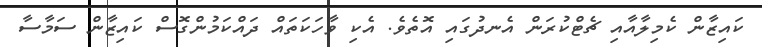
ކައިޒާން ކެމިލާއާއި ޗެޓްކުރަން އެނދުގައި އޮތެވެ. އެކި ވާހަކަތައް ދައްކަމުންގޮސް ކައިޒާން ސަމާސާ